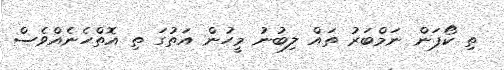
ތި ކޯޕަން ނަމްބަރު ތައް ލިބުނު މީހުން އަތުގަ ތި އޮތްހެނެއްވެސް